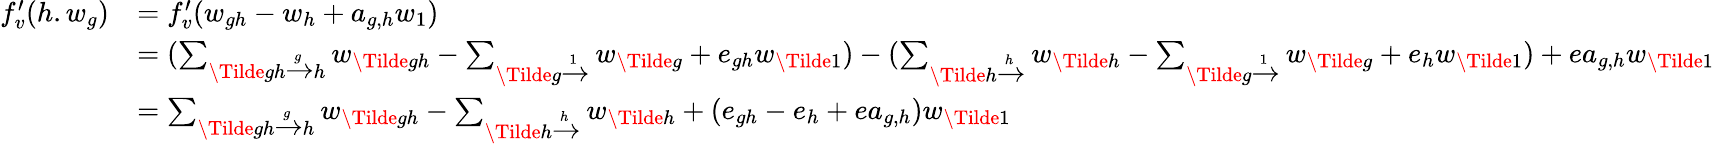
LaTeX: \begin{array}{rl}{f_{v}^{\prime}(h.w_{g})}&{=f_{v}^{\prime}(w_{gh}-w_{h}+a_{g,h}w_{1})}\\ &{=(\sum_{\Tilde{gh}\xrightarrow[]gh}w_{\Tilde{gh}}-\sum_{\Tilde{g}\xrightarrow[]1}w_{\Tilde{g}}+e_{gh}w_{\Tilde{1}})-(\sum_{\Tilde{h}\xrightarrow[]h}w_{\Tilde{h}}-\sum_{\Tilde{g}\xrightarrow[]1}w_{\Tilde{g}}+e_{h}w_{\Tilde{1}})+ea_{g,h}w_{\Tilde{1}}}\\ &{=\sum_{\Tilde{gh}\xrightarrow[]gh}w_{\Tilde{gh}}-\sum_{\Tilde{h}\xrightarrow[]h}w_{\Tilde{h}}+(e_{gh}-e_{h}+ea_{g,h})w_{\Tilde{1}}}\end{array}